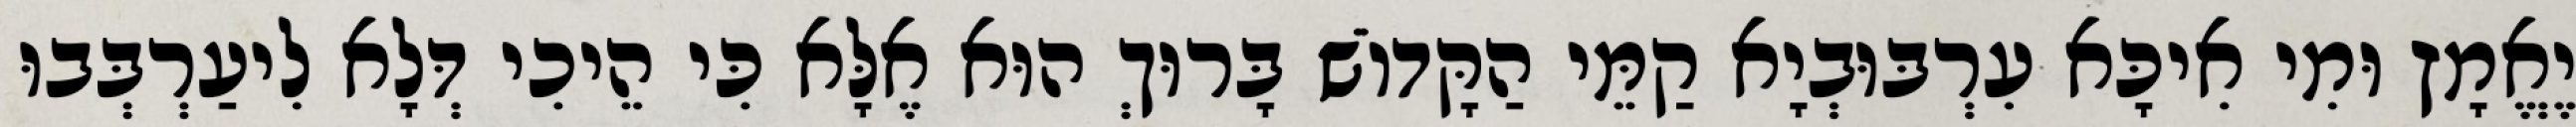
יֶאֱמָץ וּמִי אִיכָּא עִרְבּוּבְיָא קַמֵּי הַקָּדוֹשׁ בָּרוּךְ הוּא אֶלָּא כִּי הֵיכִי דְּלָא לִיעַרְבְּבוּ